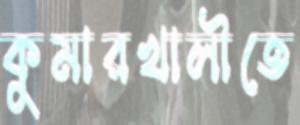
কুমারখালীতে